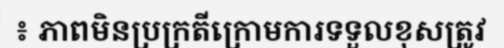
៖ ភាពមិនប្រក្រតីក្រោមការទទួលខុសត្រូវ